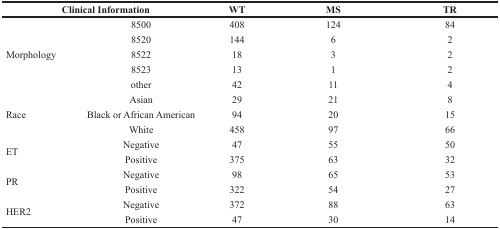
<table><thead><tr><td colspan="2"><b>Clinical Information</b></td><td><b>WT</b></td><td><b>MS</b></td><td><b>TR</b></td></tr></thead><tbody><tr><td rowspan="5">Morphology</td><td>8500</td><td>408</td><td>124</td><td>84</td></tr><tr><td>8520</td><td>144</td><td>6</td><td>2</td></tr><tr><td>8522</td><td>18</td><td>3</td><td>2</td></tr><tr><td>8523</td><td>13</td><td>1</td><td>2</td></tr><tr><td>other</td><td>42</td><td>11</td><td>4</td></tr><tr><td rowspan="3">Race</td><td>Asian</td><td>29</td><td>21</td><td>8</td></tr><tr><td>Black or African American</td><td>94</td><td>20</td><td>15</td></tr><tr><td>White</td><td>458</td><td>97</td><td>66</td></tr><tr><td rowspan="2">ET</td><td>Negative</td><td>47</td><td>55</td><td>50</td></tr><tr><td>Positive</td><td>375</td><td>63</td><td>32</td></tr><tr><td rowspan="2">PR</td><td>Negative</td><td>98</td><td>65</td><td>53</td></tr><tr><td>Positive</td><td>322</td><td>54</td><td>27</td></tr><tr><td rowspan="2">HER2</td><td>Negative</td><td>372</td><td>88</td><td>63</td></tr><tr><td>Positive</td><td>47</td><td>30</td><td>14</td></tr></tbody></table>